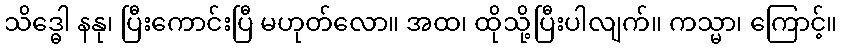
သိဒ္ဓေါ နနု၊ ပြီးကောင်းပြီ မဟုတ်လော။ အထ၊ ထိုသို့ပြီးပါလျက်။ ကသ္မာ၊ ကြောင့်။